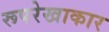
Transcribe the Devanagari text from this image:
रूपरेखाकार